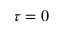
\tau = 0